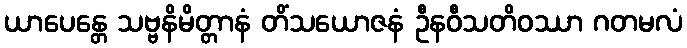
ယာပေန္တေ သဗ္ဗနိမိတ္တာနံ တိံသယောဇနံ ဦနဝီသတိဝဿာ ဂတမလံ